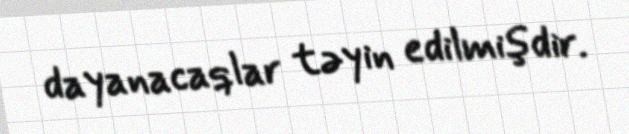
dayanacaqlar təyin edilmişdir.